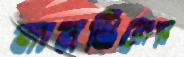
মানখিনের